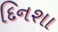
દિનશા